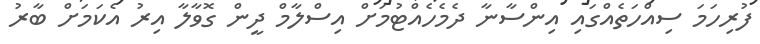
ފުރިހަމަ ސިއްހަތެއްގައި އިންސާނާ ދެމެހެއްޓުމަށް އިސްލާމް ދީން ގޮވާލާ އިރު އެކަމަށް ބާރު